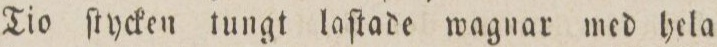
Tio ſtycken tungt laſtade wagnar med hela